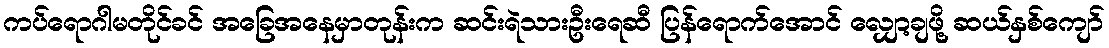
ကပ်ရောဂါမတိုင်ခင် အခြေအနေမှာတုန်းက ဆင်းရဲသားဦးရေဆီ ပြန်ရောက်အောင် လျှော့ချဖို့ ဆယ်နှစ်ကျော်